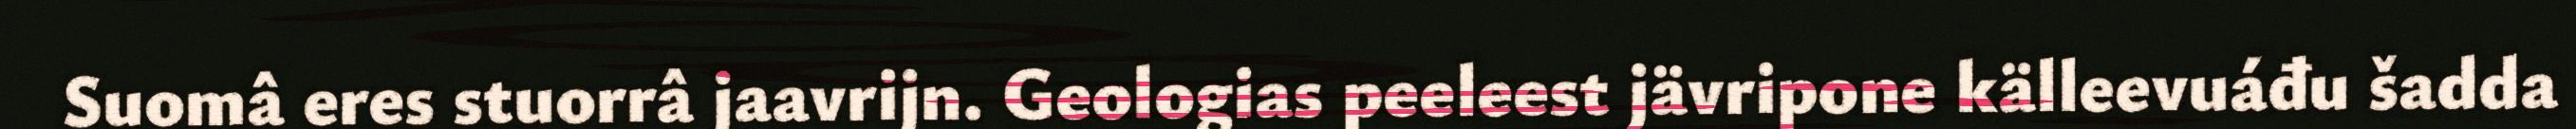
Suomâ eres stuorrâ jaavrijn. Geologias peeleest jävripone källeevuáđu šadda